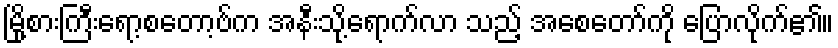
မြို့စားကြီးရော့စတော့ဗ်က အနီးသို့ရောက်လာ သည့် အစေတော်ကို ပြောလိုက်၏။